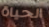
الحياة